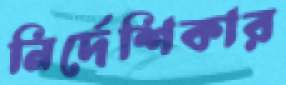
নির্দেশিকার